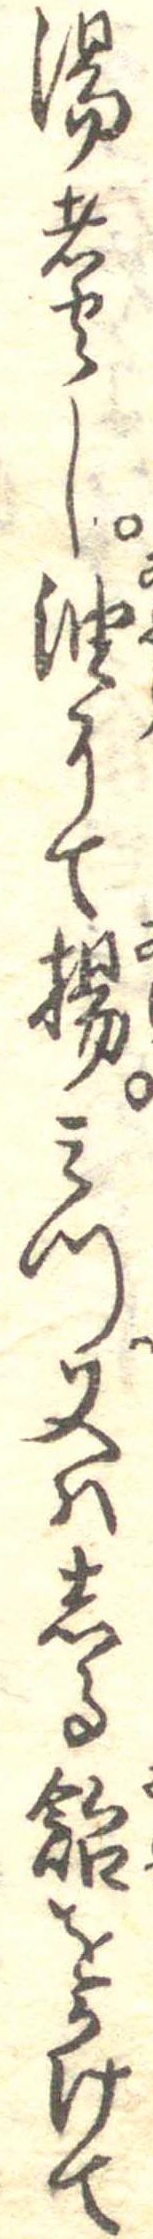
湯煮し油にて揚みつ又はしる飴をかけて